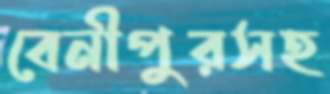
বেনীপুরসহ